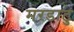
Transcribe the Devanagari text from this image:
मरडाटु